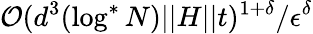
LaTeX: \mathcal{O}(d^{3}(\log^{*}N)\vert\vert H\vert\vert t)^{1+\delta}/\epsilon^{\delta}